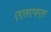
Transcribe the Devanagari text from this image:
एएलएफएल